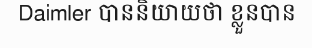
Daimler បាននិយាយថា ខ្លួនបាន